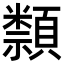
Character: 𥜛